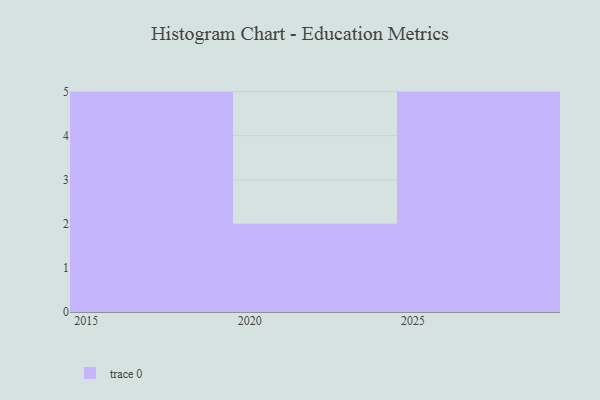
{"axis": {"x": "Year", "y": "Demand Index"}, "legend": [""], "data": [{"x": "2015", "y": 56, "type": ""}, {"x": "2029", "y": 30, "type": ""}, {"x": "2025", "y": 34, "type": ""}, {"x": "2017", "y": 96, "type": ""}, {"x": "2019", "y": 53, "type": ""}, {"x": "2020", "y": 91, "type": ""}, {"x": "2027", "y": 82, "type": ""}, {"x": "2016", "y": 1, "type": ""}, {"x": "2026", "y": 45, "type": ""}, {"x": "2018", "y": 58, "type": ""}, {"x": "2022", "y": 71, "type": ""}, {"x": "2028", "y": 74, "type": ""}]}